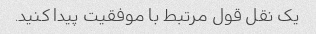
یک نقل قول مرتبط با موفقیت پیدا کنید.